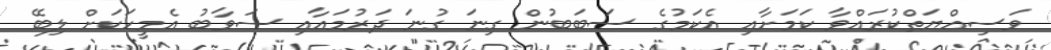
ވަސިއްޔަތްކުރައްވާ ކަމަށާއި އެކަމުގެ ސަބަބުން ގިނަ ގުނަ ދަރުމައާއި ސަވާބު އެމީހަކަށް ލިބޭ